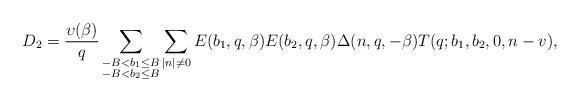
LaTeX: \begin{align*}D_2=\frac{\upsilon(\beta)}{q}\sum_{\substack{-B<b_1\le B\\ -B<b_2\le B }}\sum_{|n|\not=0}E(b_1,q,\beta)E(b_2,q,\beta)\Delta(n,q,-\beta)T(q;b_1,b_2,0,n-v),\end{align*}